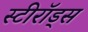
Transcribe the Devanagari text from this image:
स्टीरॉड्स